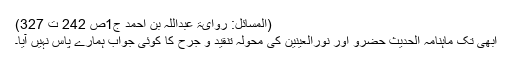
(المسائل: روایۃ عبداللہ بن احمد ج1ص 242 ت 327)
ابھی تک ماہنامہ الحدیث حضرو اور نورالعینین کی محولہ تنقید و جرح کا کوئی جواب ہمارے پاس نہیں آیا۔